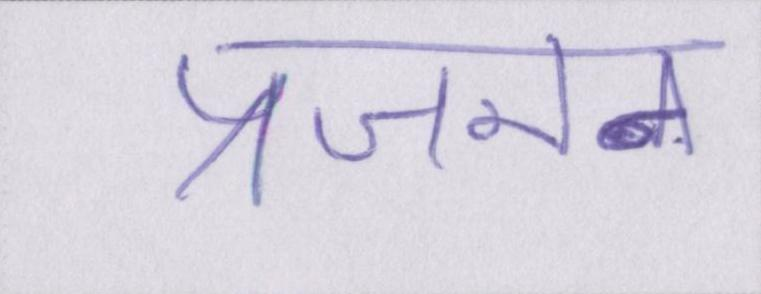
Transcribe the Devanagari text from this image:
प्रजनन